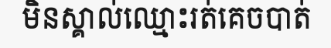
មិនស្គាល់ឈ្មោះរត់គេចបាត់